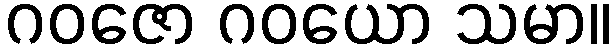
ဂဝဇော ဂဝယော သမာ။